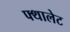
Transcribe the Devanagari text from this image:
फ्थालेट